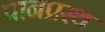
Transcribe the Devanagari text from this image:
पानप्रस्थ